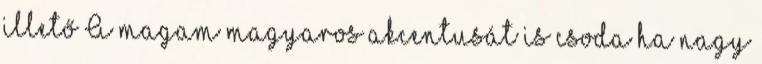
illető A magam magyaros akcentusát is csoda ha nagy